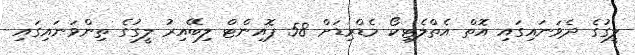
ލީގުގެ ދެވަނައިގައި އޮތް އެތްލެޓިކޯ މެޑްރިޑަށް 58 ޕޮއިންޓް ލިބޭއިރު ލީގުގެ ތިންވަނައިގައި